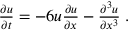
\begin{array} { r } { \frac { \partial u } { \partial t } = - 6 u \frac { \partial u } { \partial x } - \frac { \partial ^ { 3 } u } { \partial x ^ { 3 } } \; . } \end{array}